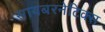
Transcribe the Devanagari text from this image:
सायबरनेटिक्स